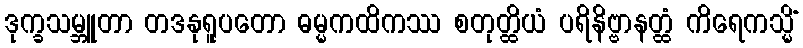
ဒုက္ခသမ္ဘူတာ တဒနုရူပတော ဓမ္မကထိကဿ စတုတ္ထိယံ ပရိနိဗ္ဗာနတ္ထံ ကိရေကသ္မိံ